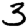
Digit: 3